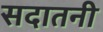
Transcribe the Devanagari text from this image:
सदातनी